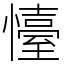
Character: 懛